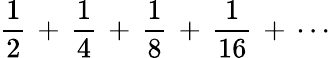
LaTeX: {\frac{1}{2}}\, +\, {\frac{1}{4}}\, +\, {\frac{1}{8}}\, +\, {\frac{1}{16}}\, +\, \cdots